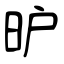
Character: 昈